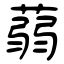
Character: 蒻